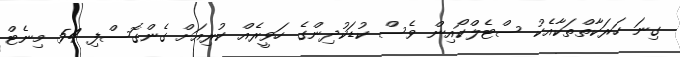
ގިނަ ހަރަކާތްތަކާއެކު ސްޓެލްކޯއިން ވެސް ކުޑަކުދިންގެ ހަވީރެއް ކުރިއަށް ގެންގޮސްފި 54 މިނެޓް